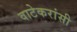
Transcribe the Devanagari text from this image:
वाटेकरांसी